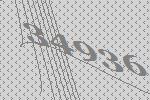
34936